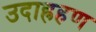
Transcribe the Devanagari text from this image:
उदाह्रहण